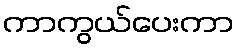
ကာကွယ်ပေးကာ